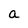
Character: a